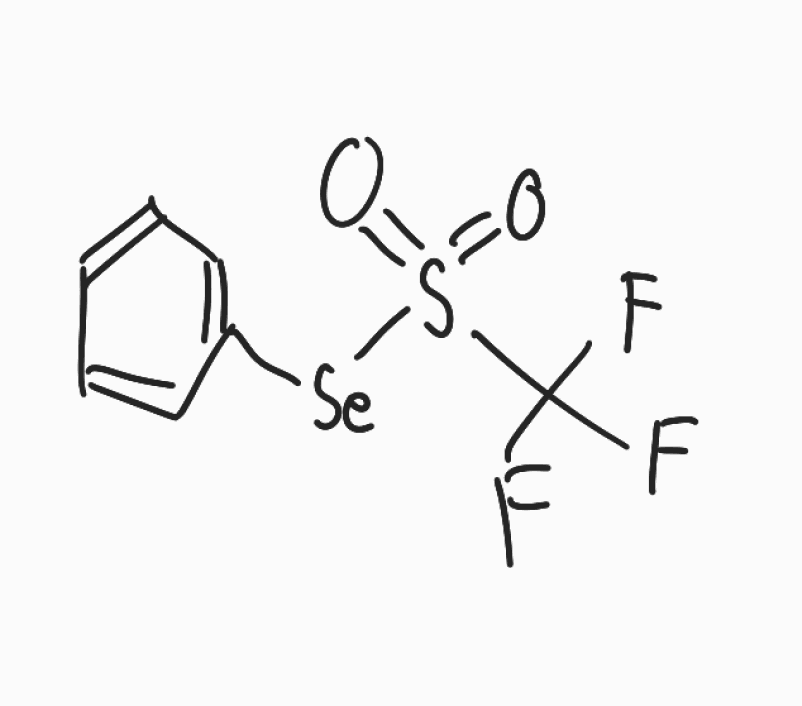
Simplified molecular-input line-entry system (SMILES) notation of the given molecule:
C1=CC=C(C=C1)[Se]S(=O)(=O)C(F)(F)F